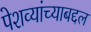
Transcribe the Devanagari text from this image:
पेशव्यांच्याबद्दल